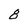
Character: 8